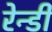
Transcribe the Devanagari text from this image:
रेन्डी